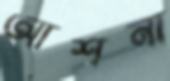
আশনা